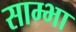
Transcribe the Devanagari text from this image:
साम्भा